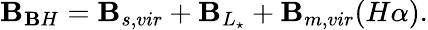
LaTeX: \mathbf{B}_{\mathbf{B}H}=\mathbf{B}_{s,vir}+\mathbf{B}_{L_{\star}}+\mathbf{B}_{m,vir}(H\alpha).